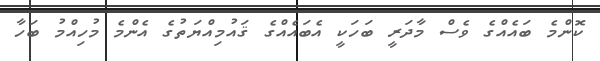
ކޮންމެ ބައެއްގެ ވެސް މާދަރީ ބަހަކީ އެބައެއްގެ ޤައުމިއްޔަތުގެ އެންމެ މުހިއްމު ބަހާ